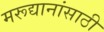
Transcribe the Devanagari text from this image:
मरूद्यानांसाठी